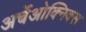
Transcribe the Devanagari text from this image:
अर्चेओक्निक्स